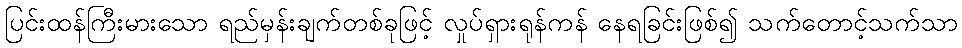
ပြင်းထန်ကြီးမားသော ရည်မှန်းချက်တစ်ခုဖြင့် လှုပ်ရှားရုန်ကန် နေရခြင်းဖြစ်၍ သက်တောင့်သက်သာ